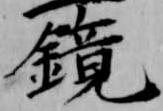
鏡